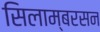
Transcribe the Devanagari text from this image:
सिलाम्बरसन